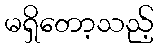
မရှိတော့သည့်